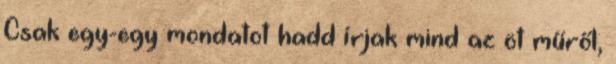
Csak egy-egy mondatot hadd írjak mind az öt műről,